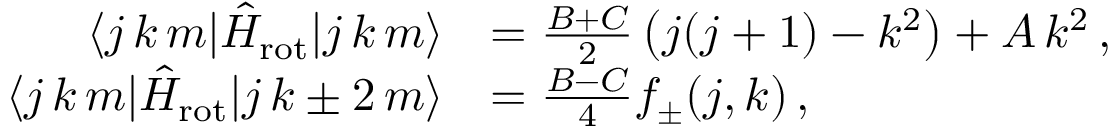
\begin{array} { r l } { \langle j \, k \, m | \hat { H } _ { \mathrm { r o t } } | j \, k \, m \rangle } & { = \frac { B + C } { 2 } \left( j ( j + 1 ) - k ^ { 2 } \right) + A \, k ^ { 2 } \, , } \\ { \langle j \, k \, m | \hat { H } _ { \mathrm { r o t } } | j \, k \pm 2 \, m \rangle } & { = \frac { B - C } { 4 } f _ { \pm } ( j , k ) \, , } \end{array}